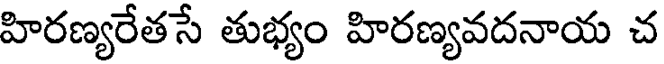
హిరణ్యరేతసే తుభ్యం హిరణ్యవదనాయ చ